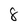
Character: 8